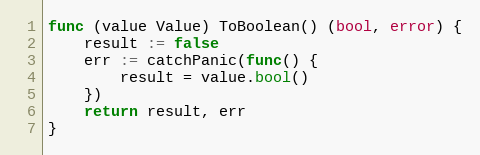
Language: Go
func (value Value) ToBoolean() (bool, error) {
	result := false
	err := catchPanic(func() {
		result = value.bool()
	})
	return result, err
}